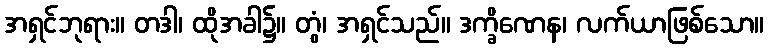
အရှင်ဘုရား။ တဒါ၊ ထိုအခါ၌။ တွံ၊ အရှင်သည်။ ဒက္ခိဏေန၊ လက်ယာဖြစ်သော။